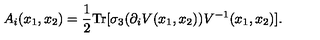
A _ { i } ( x _ { 1 } , x _ { 2 } ) = \frac { 1 } { 2 } \mathrm { T r } [ \sigma _ { 3 } ( \partial _ { i } V ( x _ { 1 } , x _ { 2 } ) ) V ^ { - 1 } ( x _ { 1 } , x _ { 2 } ) ] .